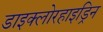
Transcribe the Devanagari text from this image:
डाइक्लोरहाइड्रिन